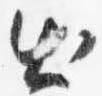
出